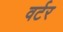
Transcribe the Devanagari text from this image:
वर्टर